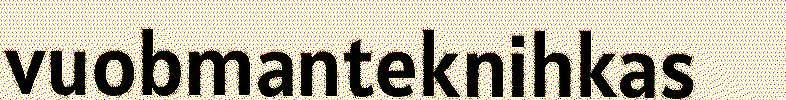
vuobmanteknihkas